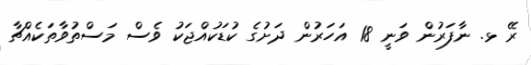
ރޭ ޅ. ނާފަރުން ވަނީ 18 އަހަރުން ދަށުގެ ކުޑަކުއްޖަކު ވެސް މަސްތުވާތަކެއްޗާ